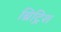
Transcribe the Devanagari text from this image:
ब्रिट्रिश